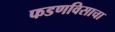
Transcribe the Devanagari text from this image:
फडणविसाचा